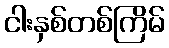
ငါးနှစ်တစ်ကြိမ်